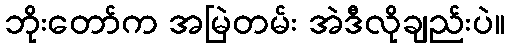
ဘိုးတော်က အမြဲတမ်း အဲဒီလိုချည်းပဲ။